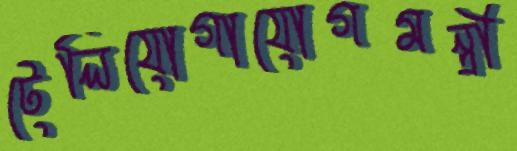
টেলিযোগাযোগমন্ত্রী